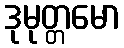
ဒုမုတ္တမော